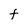
Character: F